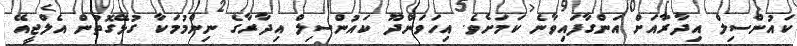
ކައުންސިލް އިދާރާއަށް އަންގާފައިވާނެ ކަމަށެވެ. އިހަވަންދޫ ކައުންސިލް އިދާރާގެ ނިންމުމަކާ ގުޅޭގޮތުން އެލްޖީއޭ